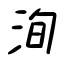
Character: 洵